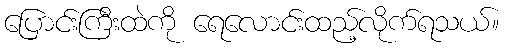
ပြောင်းကြီးထဲကို ရေလောင်းထည့်လိုက်ရသယ်။